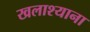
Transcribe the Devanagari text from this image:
खलाश्याना